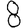
Digit: 8